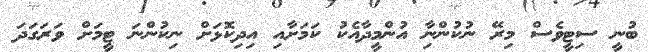
ބުނީ ސިޓީވެސް މިރޭ ނުކުންނާި އުންމީދާއެކު ކަމަށާއި އިދިކޮޅަށް ނިކުންނަ ޓީމަށް ވަރަގަދަ